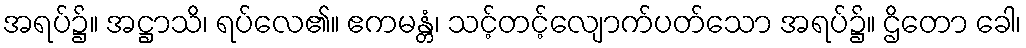
အရပ်၌။ အဋ္ဌာသိ၊ ရပ်လေ၏။ ဧကမန္တံ၊ သင့်တင့်လျောက်ပတ်သော အရပ်၌။ ဌိတော ခေါ၊